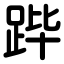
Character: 跸